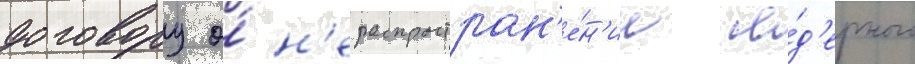
договору о́ н'ераспростран'е́н'ии я́д'ерного